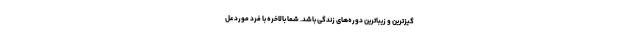
گیزترین و زیباترین دوره‌های زندگی باشد. شما بالاخره با فرد موردعل